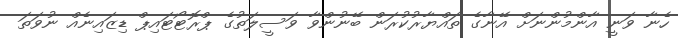
ހެނާ ވަނީ އާންމުންނަށް އޭނާގެ ތައްޔާރުކުރަން ބޭނުންވާ ވަސީލަތުގެ ޕްރޮޓޯޓައިޕް ޑިޒައިނެއް ނުވަތަ